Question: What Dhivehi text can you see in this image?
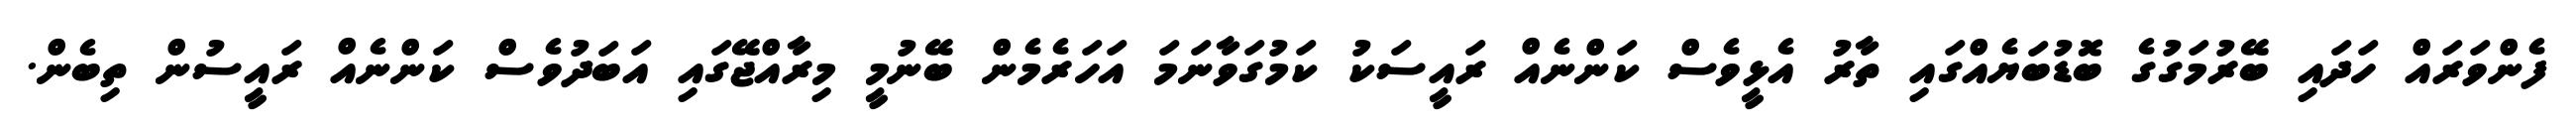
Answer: ފެންވަރައް ހަދައި ބޭރުމަގުގެ ބޮޑުބަޔެއްގައި ތާރު އެޅީވެސް ކަންނެއް ރައީސަކު ކަމުގަވާނަމަ އަހަރެމެން ބޭނުމީ މިރާއްޖޭގައި އަބަދުވެސް ކަންނެއް ރައީސުން ތިބެން.